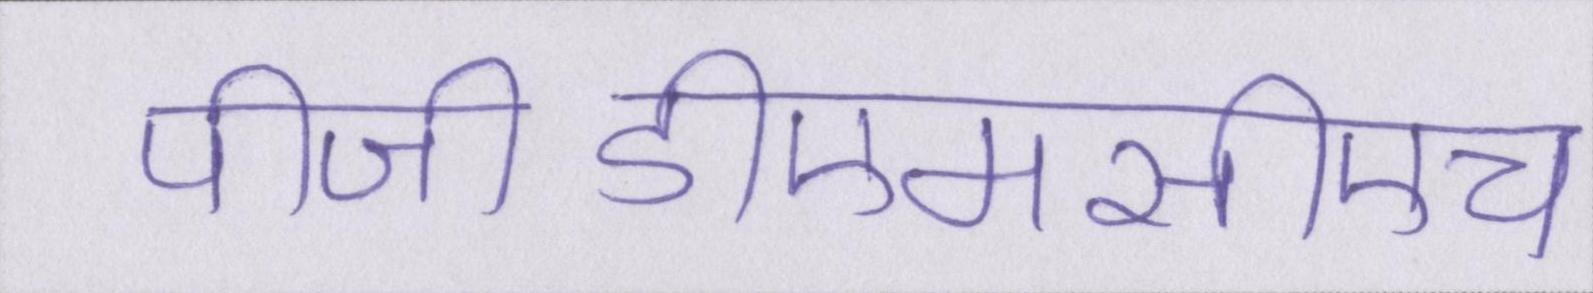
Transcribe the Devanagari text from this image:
पीजीडीएमसीएच